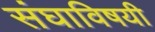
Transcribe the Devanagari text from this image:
संघाविषयी